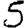
Digit: 5